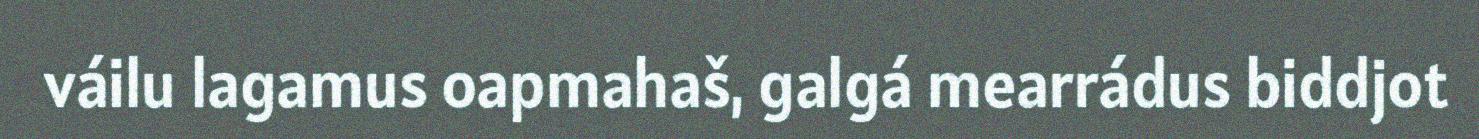
váilu lagamus oapmahaš, galgá mearrádus biddjot